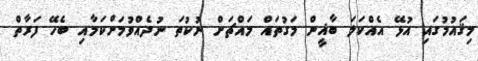
މިޤައުމުގައި އުޅޭ އެއްކަލަ ބާޣީން މަގުތައް މައްޗަށް ނުކުތަ ނުދެއްވުމަށްކަމާއި ބެހޭ ފަރާތް